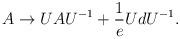
LaTeX: \begin{align*}A \rightarrow U A U^{-1} + \frac{1}{e} U dU^{-1}.\end{align*}